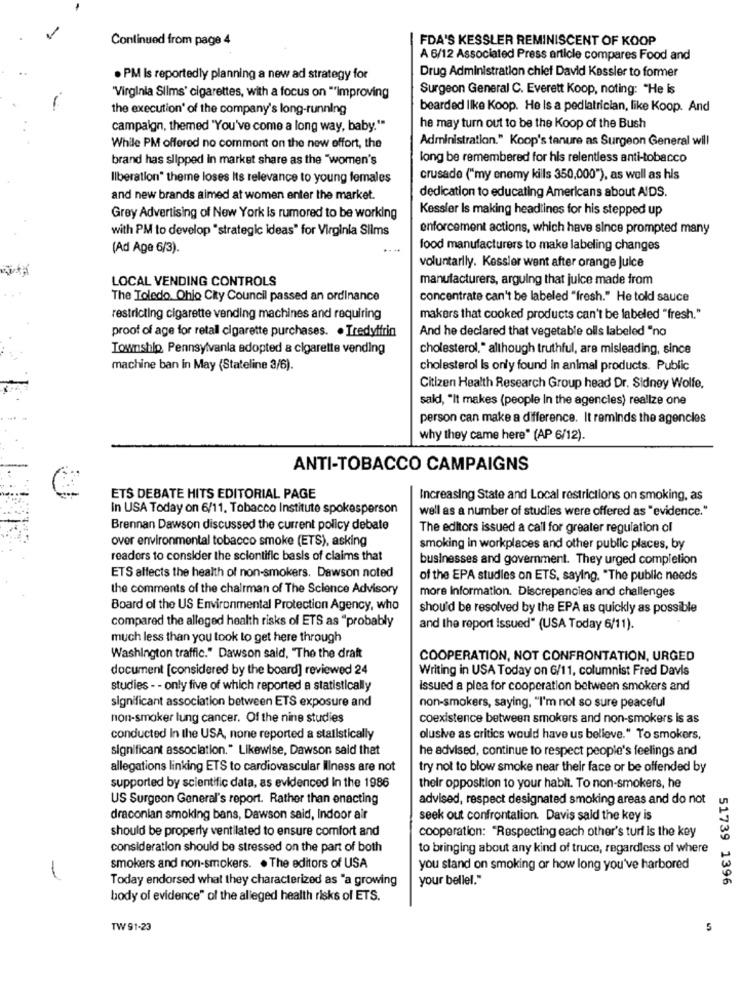
-
Continued from page 4
FDA'S KESSLER REMINISCENT OF KOOP
A 6/12 Associated Press article compares Food and
Drug Administration chief David Kessler to former
. PM is reportedly planning a new ad strategy for
Surgeon General C. Everett Koop, noting: "He is
"Virginia Silms' cigarettes, with a focus on "improving
the execution' of the company's long-running
bearded like Koop. He Is a pediatrician, like Koop. And
campaign, themed "You've come a long way, baby."
he may turn out to be the Koop of the Bush
Administration." Koop's tenure as Surgeon General will
While PM offered no comment on the new offort, the
brand has slipped in market share as the "women's
long be remembered for his relentless anti-tobacco
Ilberation" theme loses Its relevance to young females
crusade ("my enemy kills 350,000"), as well as his
and new brands aimed at women enter the market.
dedication to educating Americans about AIDS.
Kessler Is making headlines for his stepped up
Grey Advertising of New York Is rumored to be working
with PM to develop "strategic ideas" for Virginia Silms
enforcement actions, which have since prompted many
(Ad Age 6/3).
food manufacturers to make labeling changes
voluntarily. Kessler went after orange Juice
LOCAL VENDING CONTROLS
manufacturers, arguing that juice made from
The Toledo, Ohio City Council passed an ordinance
concentrate can't be labeled "fresh." He told sauce
restricting cigarette vending machines and requiring
makers that cooked products can't be labeled "fresh."
proof of age for retall cigarette purchases. . Tredyffrin
And he declared that vegetable oils labeled "no
Township Pennsylvania adopted a cigarette vending
cholesterol," although truthful, are misleading, since
machine ban in May (Stateline 3/6).
cholesterol Is only found in animal products. Public
Citizen Health Research Group head Dr. Sidney Wolfe,
said, "It makes (people In the agencies) realize one
person can make a difference. It reminds the agencies
why they came here" (AP 6/12).
ANTI-TOBACCO CAMPAIGNS
ETS DEBATE HITS EDITORIAL PAGE
Increasing State and Local restrictions on smoking, as
In USA Today on 6/11, Tobacco Institute spokesperson
well as a number of studies were offered as "evidence."
Brennan Dawson discussed the current policy debate
The editors issued a call for greater regulation of
over environmental tobacco smoke (ETS), asking
smoking in workplaces and other public places, by
readers to consider the scientific basis of claims that
businesses and government. They urged completion
ETS affects the health of non-smokers. Dawson noted
of the EPA studies on ETS, saying. "The public needs
the comments of the chairman of The Science Advisory
more information. Discrepancies and challenges
Board of the US Environmental Protection Agency, who
should be resolved by the EPA as quickly as possible
compared the alleged health risks of ETS as "probably
and the report issued" (USA Today 6/11).
much less than you took to get here through
Washington traffic." Dawson said, "The the draft
COOPERATION, NOT CONFRONTATION, URGED
document [considered by the board] reviewed 24
Writing in USA Today on 6/11, columnist Fred Davis
studies - - only five of which reported a statistically
Issued a plea for cooperation between smokers and
non-smokers, saying, "I'm not so sure peaceful
significant association between ETS exposure and
non-smoker lung cancer. Of the nine studies
coexistence between smokers and non-smokers is as
conducted In the USA, none reported a stallstically
olusive as critics would have us believe." To smokers,
significant association." Likewise, Dawson said that
he advised, continue to respect people's feelings and
allegations linking ETS to cardiovascular Illness are not
try not to blow smoke near their face or be offended by
supported by scientific data, as evidenced In the 1986
their opposition to your habit. To non-smokers, he
US Surgeon General's report. Rather than enacting
advised, respect designated smoking areas and do not
draconian smoking bans, Dawson said, Indoor air
seek out confrontation. Davis sald the key is
should be properly ventilated to ensure comfort and
cooperation: "Respecting each other's turf is the key
consideration should be stressed on the part of both
to bringing about any kind of truce, regardless of where
smokers and non-smokers. . The editors of USA
you stand on smoking or how long you've harbored
Today endorsed what they characterized as "a growing
your bellel."
51739 1396
body of evidence" ol the alleged health risks of ETS.
TW 91-23
5